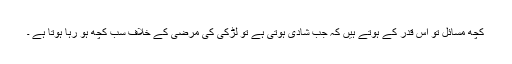
کچھ مسائل تو اس قدر کے ہوتے ہیں کہ جب شادی ہوتی ہے تو لڑکی کی مرضی کے خلاف سب کچھ ہو رہا ہوتا ہے ۔